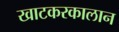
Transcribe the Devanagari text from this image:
खाटकरकालान